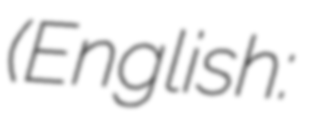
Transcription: (English: